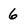
Character: 6